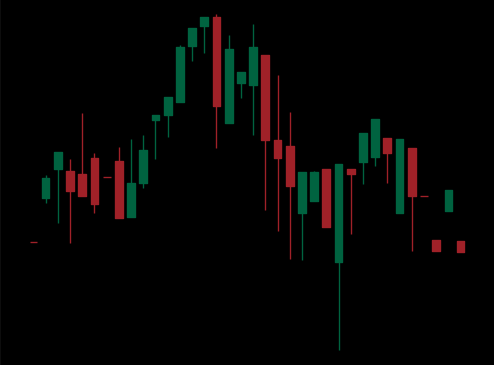
Pattern: head_shoulders